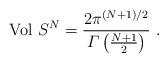
LaTeX: \begin{align*}{\rm Vol}\ S^N = \frac{2 \pi^{(N + 1)/2}}{{\mit\Gamma}\left( \frac{N + 1}{2} \right)} \ .\end{align*}